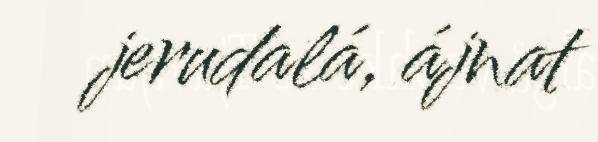
jerudalá, ájnat